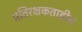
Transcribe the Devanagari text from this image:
प्रतिरक्षकताहीन